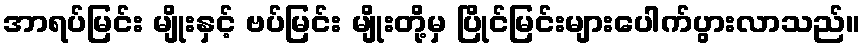
အာရပ်မြင်း မျိုးနှင့် ဗပ်မြင်း မျိုးတို့မှ ပြိုင်မြင်းများပေါက်ပွားလာသည်။